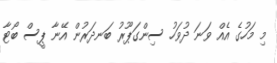
މި މަހުގެ އެއް ވަނަ ދުވަހު ސިންގަޕޫރު ބަނދަރުން އޭނާ ޕީސް ބޯޓާ